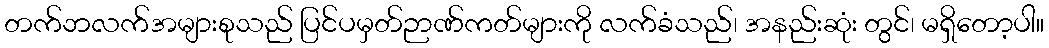
တက်ဘလက်အများစုသည် ပြင်ပမှတ်ဉာဏ်ကတ်များကို လက်ခံသည်၊ အနည်းဆုံး တွင်၊ မရှိတော့ပါ။